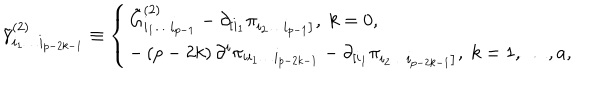
LaTeX: \tilde { \gamma } _ { i _ { 1 } \ldots i _ { p - 2 k - 1 } } ^ { ( 2 ) } \equiv \left\{ \begin{array} { l } { { \tilde { G } _ { i _ { 1 } \ldots i _ { p - 1 } } ^ { ( 2 ) } - \partial _ { \left[ i _ { 1 } \right. } ^ { } \pi _ { \left. i _ { 2 } \ldots i _ { p - 1 } \right] } , \; k = 0 , } } \\ { { - \left( p - 2 k \right) \partial ^ { i } \pi _ { i i _ { 1 } \ldots i _ { p - 2 k - 1 } } - \partial _ { \left[ i _ { 1 } \right. } ^ { } \pi _ { \left. i _ { 2 } \ldots i _ { p - 2 k - 1 } \right] } , \; k = 1 , \ldots , a , } } \\ \end{array} \right.